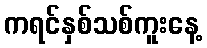
ကရင်နှစ်သစ်ကူးနေ့